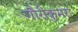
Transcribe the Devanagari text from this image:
गौरीकुमरा